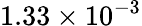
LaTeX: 1.33\times 10^{-3}